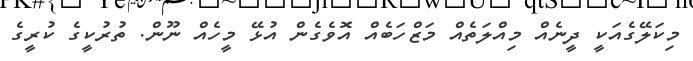
މިކަލޭގެއަކީ ދީނެއް މިއްލަތެއް މަޒްހަބެއް އޮވެގެން އުޅޭ މީހެއް ނޫން. ތުރުކީގެ ކުރީގެ